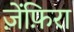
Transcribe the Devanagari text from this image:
ज़ेंफ़िरा